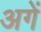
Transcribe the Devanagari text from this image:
अगें